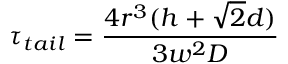
\tau _ { t a i l } = \frac { 4 r ^ { 3 } ( h + \sqrt { 2 } d ) } { 3 w ^ { 2 } D }